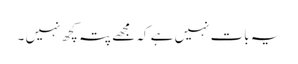
یہ بات نہیں ہے کہ مجھے پتہ کچھ نہیں ۔